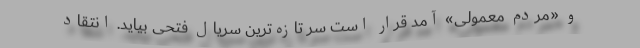
و «مردم معمولی» آمد قرار است سر تازه‌ترین سریال فتحی بیاید. انتقاد